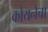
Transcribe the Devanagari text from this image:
कोयनेचा